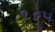
૧૬૫